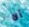
ألا